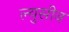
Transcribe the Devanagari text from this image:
ल्युसीन